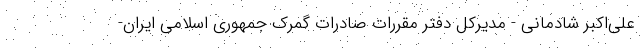
علی‌اکبر شادمانی - مدیرکل دفتر مقررات صادرات گمرک جمهوری اسلامی ایران-